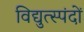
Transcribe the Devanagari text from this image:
विद्युत्स्पंदों